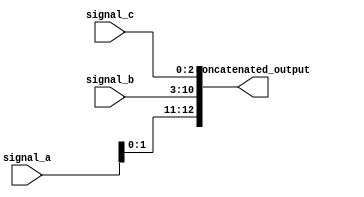
module concatenation_example (
    input wire [3:0] signal_a,   // 4-bit input signal
    input wire [7:0] signal_b,   // 8-bit input signal
    input wire [2:0] signal_c,   // 3-bit input signal
    output wire [12:0] concatenated_output // 12-bit output signal
);

// Continuous assignment using concatenation operator
assign concatenated_output = {signal_a, signal_b, signal_c};

endmodule